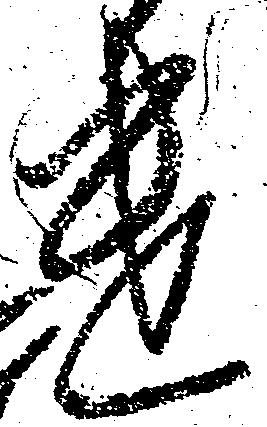
遣